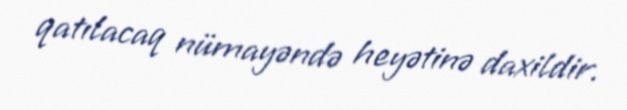
qatılacaq nümayəndə heyətinə daxildir.